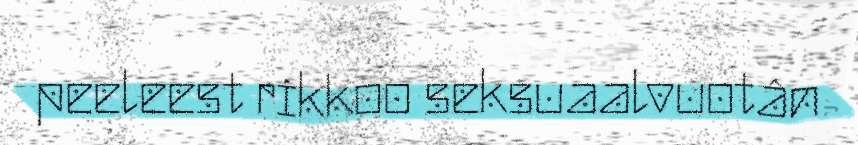
peeleest rikkoo seksuaalvuotân